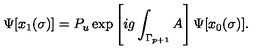
\Psi [ x _ { 1 } ( \sigma ) ] = P _ { u } \exp \left[ i g \int _ { \Gamma _ { p + 1 } } A \right] \Psi [ x _ { 0 } ( \sigma ) ] .